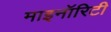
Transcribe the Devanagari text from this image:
माइनॉरिटी